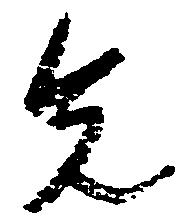
先